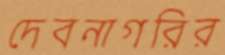
দেবনাগরির